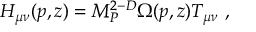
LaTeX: H _ { \mu \nu } ( p , z ) = M _ { P } ^ { 2 - D } \Omega ( p , z ) T _ { \mu \nu } ~ ,